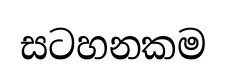
සටහනකම